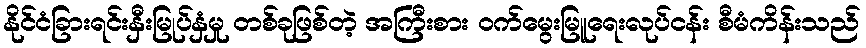
နိုင်ငံခြားရင်းနှီးမြုပ်နှံမှု တစ်ခုဖြစ်တဲ့ အကြီးစား ဝက်မွေးမြူရေးလုပ်ငန်း စီမံကိန်းသည်